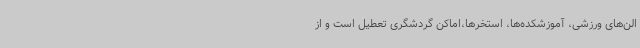
الن‌های ورزشی‌، آموزشکده‌ها، استخرها،اماکن گردشگری تعطیل است و از